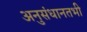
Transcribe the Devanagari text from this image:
अनुसंधानतभी